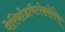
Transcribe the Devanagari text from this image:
पेरियोडॉण्टोक्लेशिया